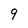
Character: 9